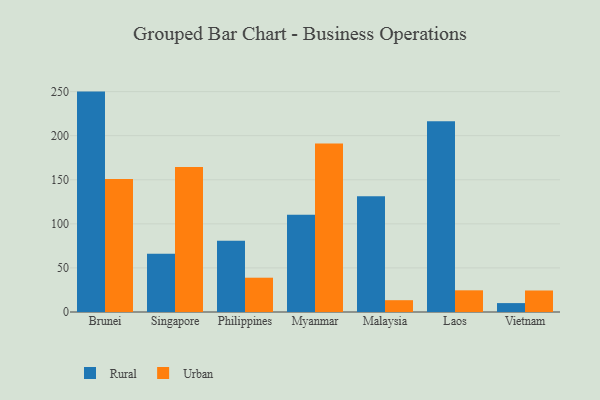
{"axis": {"x": "Country", "y": "Inventory Turnover"}, "legend": ["Rural", "Urban"], "data": [{"x": "Brunei", "y": 250.0, "type": "Rural"}, {"x": "Brunei", "y": 150.9, "type": "Urban"}, {"x": "Singapore", "y": 66.2, "type": "Rural"}, {"x": "Singapore", "y": 164.4, "type": "Urban"}, {"x": "Philippines", "y": 80.7, "type": "Rural"}, {"x": "Philippines", "y": 38.9, "type": "Urban"}, {"x": "Myanmar", "y": 110.2, "type": "Rural"}, {"x": "Myanmar", "y": 191.0, "type": "Urban"}, {"x": "Malaysia", "y": 131.3, "type": "Rural"}, {"x": "Malaysia", "y": 13.4, "type": "Urban"}, {"x": "Laos", "y": 216.3, "type": "Rural"}, {"x": "Laos", "y": 24.6, "type": "Urban"}, {"x": "Vietnam", "y": 10.1, "type": "Rural"}, {"x": "Vietnam", "y": 24.4, "type": "Urban"}]}